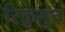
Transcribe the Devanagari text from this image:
रिकुगुन